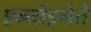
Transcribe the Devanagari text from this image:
एन्तोइनेते